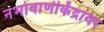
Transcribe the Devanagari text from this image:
नभोवाणीकेंद्रावर